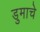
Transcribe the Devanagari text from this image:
डुमाचे